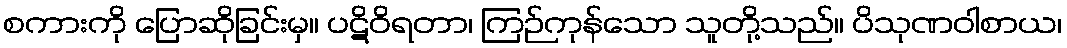
စကားကို ပြောဆိုခြင်းမှ။ ပဋိဝိရတာ၊ ကြဉ်ကုန်သော သူတို့သည်။ ပိသုဏဝါစာယ၊